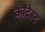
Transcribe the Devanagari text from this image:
कोंटेस्ट